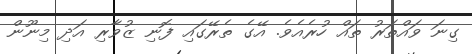
ގިނަ ވައްތަރު ތައް ހުރެއެވެ. އޭގެ ތެރޭގައި ފޮނި ޒުވާރި އަދި މިނޫން